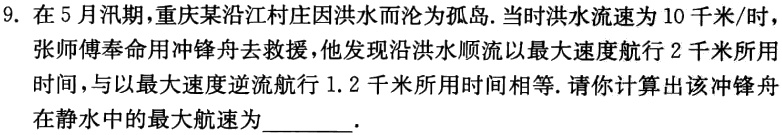
9. 在 5 月汛期，重庆某沿江村庄因洪水而沦为孤岛. 当时洪水流速为 10 千米/时，张师傅奉命用冲锋舟去救援，他发现沿洪水顺流以最大速度航行 2 千米所用时间，与以最大速度逆流航行 1.2 千米所用时间相等. 请你计算出该冲锋舟在静水中的最大航速为_______.